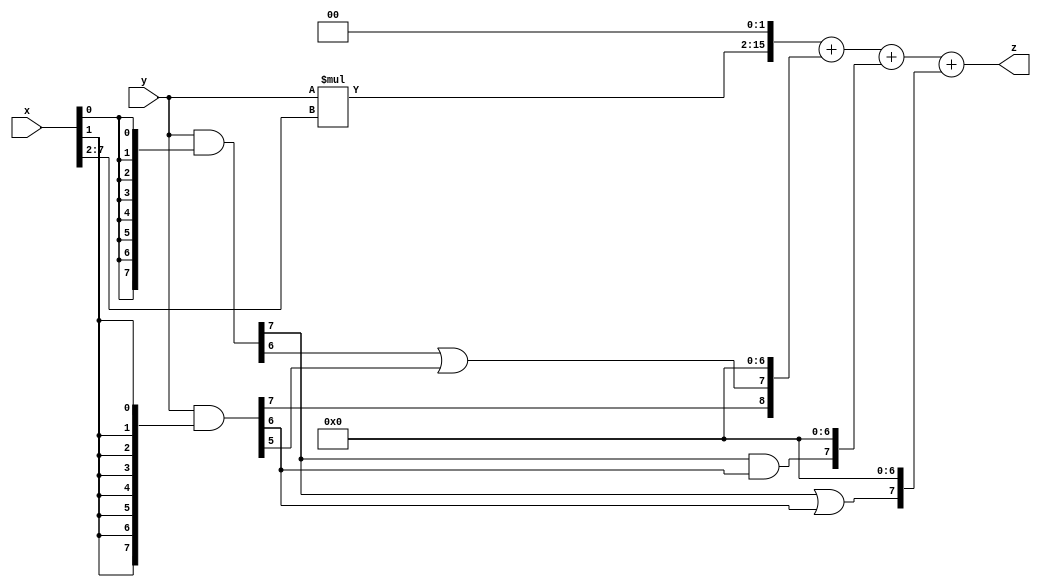
// terms: 4
// fval:  13427.25

module unsigned_8x8_l2_lamb3000_5 (
	input [7:0] x,
	input [7:0] y,
	output [15:0] z
);

wire [13:0] tmp_z = y*x[7:2];

wire [7:0] part1 =  y & {8{x[0]}};
wire [7:0] part2 =  y & {8{x[1]}};

wire [8:0] new_part1;
assign new_part1[0] = 0;
assign new_part1[1] = 0;
assign new_part1[2] = 0;
assign new_part1[3] = 0;
assign new_part1[4] = 0;
assign new_part1[5] = 0;
assign new_part1[6] = 0;
assign new_part1[7] = part1[6] | part2[5];
assign new_part1[8] = part2[7];

wire [7:0] new_part2;
assign new_part2[0] = 0;
assign new_part2[1] = 0;
assign new_part2[2] = 0;
assign new_part2[3] = 0;
assign new_part2[4] = 0;
assign new_part2[5] = 0;
assign new_part2[6] = 0;
assign new_part2[7] = part1[7] & part2[6];

wire [7:0] new_part3;
assign new_part3[0] = 0;
assign new_part3[1] = 0;
assign new_part3[2] = 0;
assign new_part3[3] = 0;
assign new_part3[4] = 0;
assign new_part3[5] = 0;
assign new_part3[6] = 0;
assign new_part3[7] = part1[7] | part2[6];

assign z = {tmp_z, 2'd 0} + new_part1 + new_part2 + new_part3;
endmodule